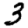
Digit: 3